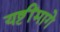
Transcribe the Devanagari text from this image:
यष्टींमागे